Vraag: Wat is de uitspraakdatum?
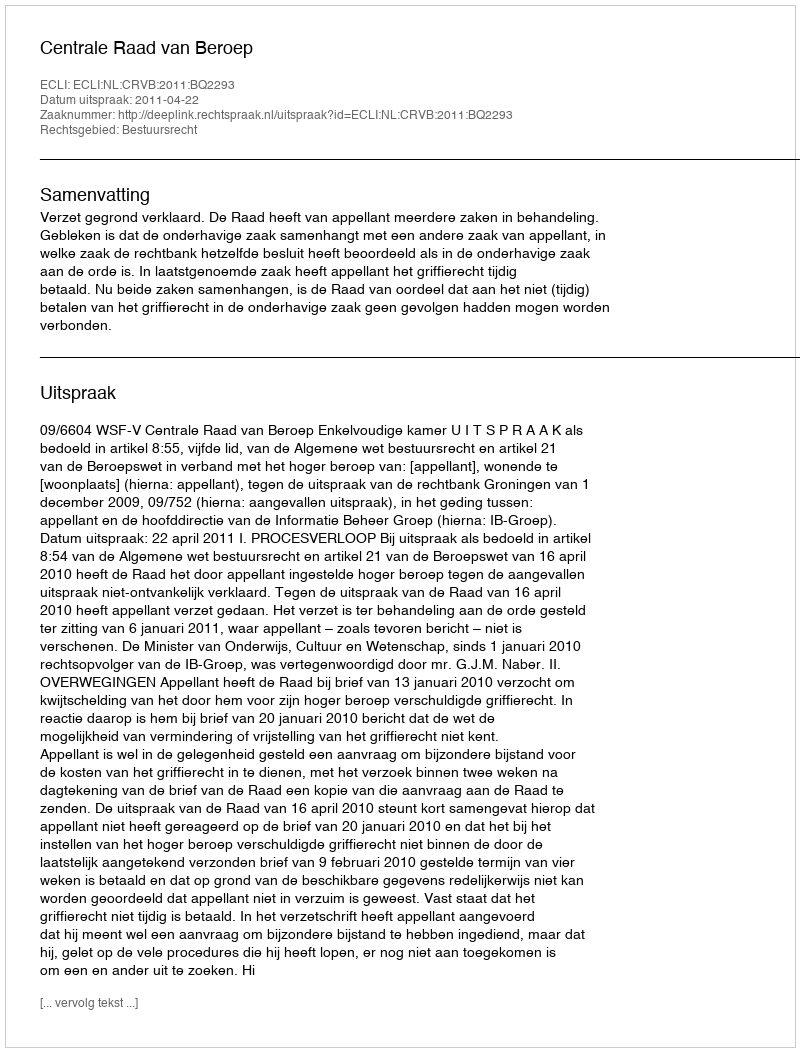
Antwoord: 2011-04-22